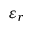
\varepsilon _ { r }